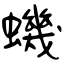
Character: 蟣